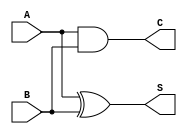
module HALF_ADDER(S,C,A,B);
output S,C;
input A,B;
//from lab 11
xor inst1 (S, A, B);
and inst2(C, A, B);

//S instead of Y
endmodule